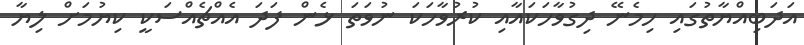
އަދަބިއްޔާތުގައި ހިމެނޭ ދިގުވާހަކައާއި ކުރުވާހަކަ ނުވަތަ ޅެން ފަދަ އެއްޗެއްސަކީ ކިޔުމަށް ލިޔާ